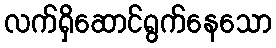
လက်ရှိဆောင်ရွက်နေသော